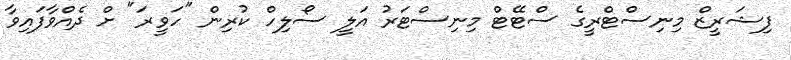
ފިޝަރީޒް މިނިސްޓްރީގެ ސްޓޭޓް މިނިސްޓަރު އަލީ ސޯލިހް ކުރިން "ހަވީރަ" ށް ދެއްވާފައިވާ